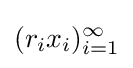
(r_{i}x_{i})_{i=1}^{\infty }